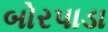
બોરપાડા